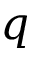
q